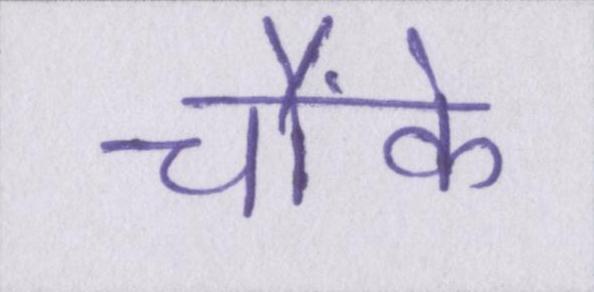
चौंके